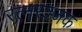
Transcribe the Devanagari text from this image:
रत्नरञ्जक